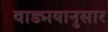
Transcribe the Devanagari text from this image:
वाड्मयानुसार